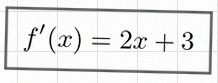
f'(x)=2x+3